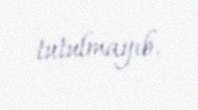
tutulmayıb.